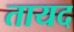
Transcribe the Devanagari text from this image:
तायद